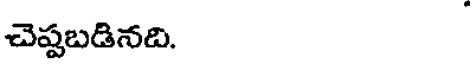
చెప్పబడినది.